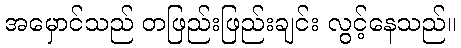
အမှောင်သည် တဖြည်းဖြည်းချင်း လွင့်နေသည်။